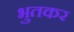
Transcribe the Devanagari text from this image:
भुतकर